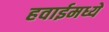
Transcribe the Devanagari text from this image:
हवाईमध्ये